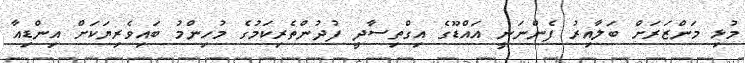
މުޅި މަންޒަރަށް ބަލާއިރު ފެންނަނީ އައްޑޫގެ އިގްތިސާދީ ފުދުންތެރިކަމުގެ މުހިންމު ބައިވެރިޔަކަށް އިންޑިއާ